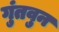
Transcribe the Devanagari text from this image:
गुंतवुन